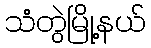
သံတွဲမြို့နယ်